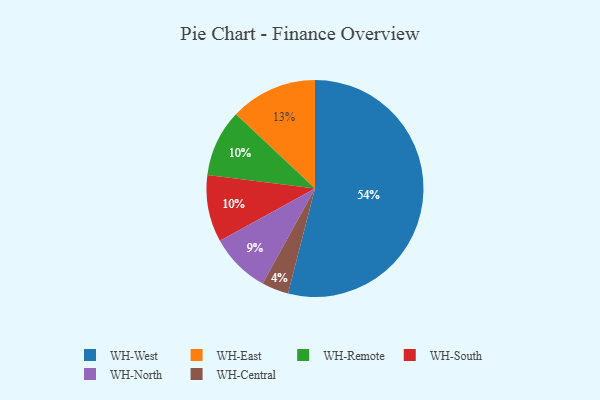
{"axis": {"x": "Category", "y": "Percentage"}, "legend": ["WH-Central", "WH-East", "WH-North", "WH-Remote", "WH-South", "WH-West"], "data": [{"x": "WH-Remote", "y": 10, "type": "WH-Remote"}, {"x": "WH-East", "y": 13, "type": "WH-East"}, {"x": "WH-South", "y": 10, "type": "WH-South"}, {"x": "WH-North", "y": 9, "type": "WH-North"}, {"x": "WH-West", "y": 54, "type": "WH-West"}, {"x": "WH-Central", "y": 4, "type": "WH-Central"}]}